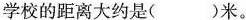
学校的距离大约是( )米。